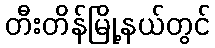
တီးတိန်မြို့နယ်တွင်